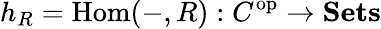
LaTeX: h_{R}=\operatorname{Hom}(-,R):C^{\operatorname{op}}\to\mathbf{Sets}